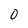
Character: O